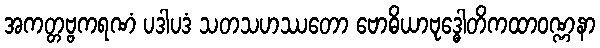
အကတ္တဗ္ဗကရဏံ ပဒါပဒံ သတသဟဿတော ဗောဓိယာဗုဒ္ဓေါတိကထာဝဏ္ဏနာ